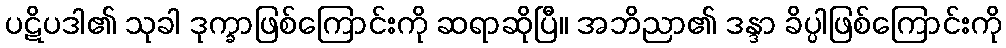
ပဋိပဒါ၏ သုခါ ဒုက္ခာဖြစ်ကြောင်းကို ဆရာဆိုပြီ။ အဘိညာ၏ ဒန္ဒာ ခိပ္ပါဖြစ်ကြောင်းကို